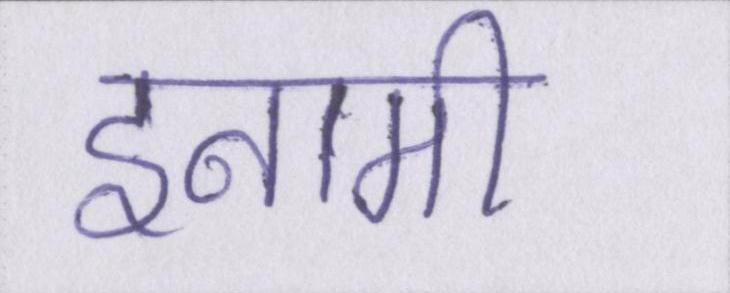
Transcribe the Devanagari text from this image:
इनामी